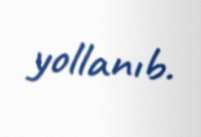
yollanıb.